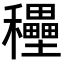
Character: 𥤐